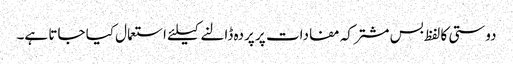
دوستی کا لفظ بس مشترکہ مفادات پر پردہ ڈالنے کیلئے استعمال کیا جاتا ہے۔